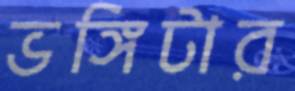
ভঙ্গিটার